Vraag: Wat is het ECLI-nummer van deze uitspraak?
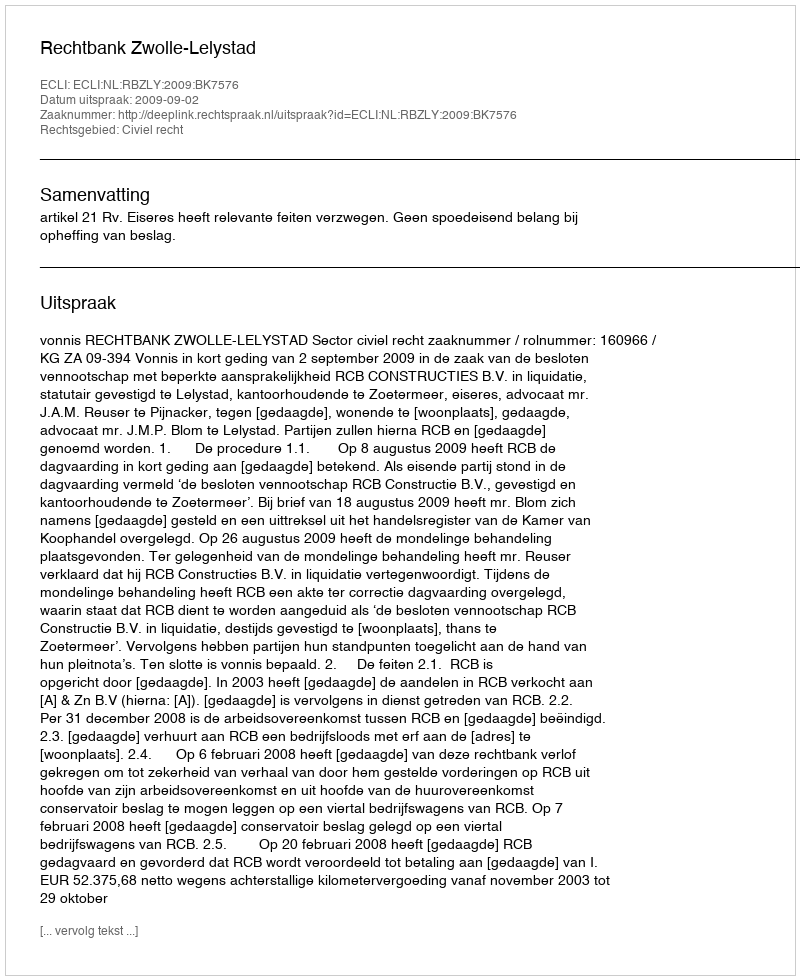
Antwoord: ECLI:NL:RBZLY:2009:BK7576